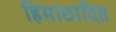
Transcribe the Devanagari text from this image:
हिमाछादित